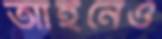
আইনেও